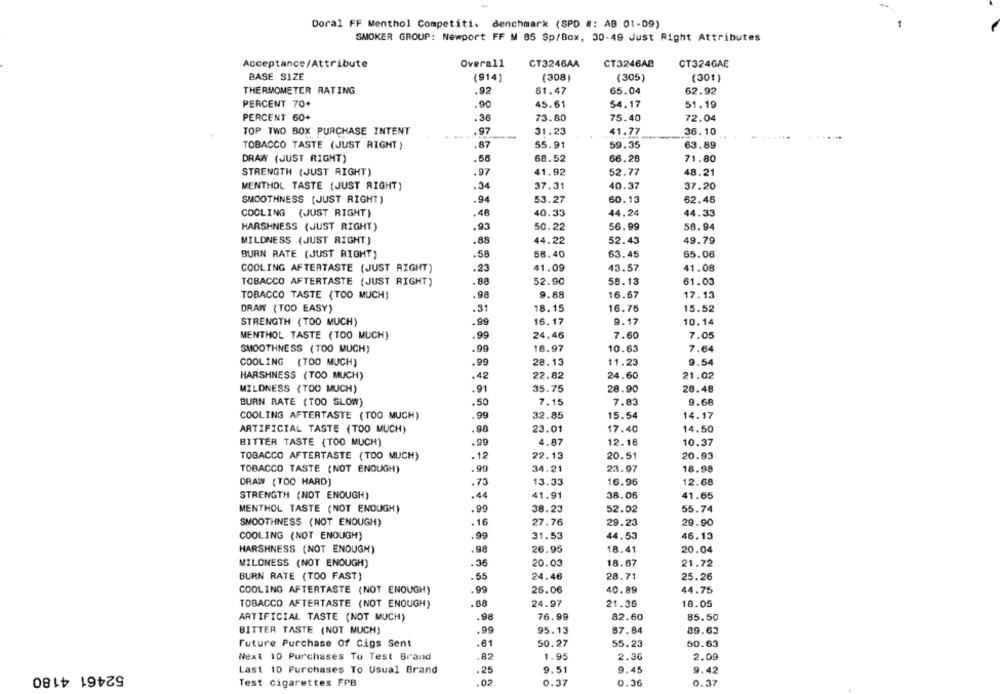
Doral FF Menthol Competiti. Benchmark (SPD #: AB 01-09)
SMOKER GROUP: Newport FF M 85 Sp/Box, 30-49 Just Right Attributes
Acceptance/Attribute
Overall
CT324GAA
CT3246AB
CT324GAE
BASE SIZE
(308)
(305)
(914)
(301)
THERMOMETER RATING
61.47
65.04
62.92
.92
PERCENT 70+
45.61
54.17
51.19
.90
PERCENT 60+
.36
73.80
75.40
72.04
TOP TWO BOX PURCHASE INTENT
.97
31.23
41.77
36.10
TOBACCO TASTE (JUST RIGHT )
.87
55.91
59.35
63.89
DRAW (JUST RIGHT)
68.52
66.28
71.80
STRENGTH (JUST RIGHT)
.97
41.92
52.77
48.21
MENTHOL TASTE (JUST RIGHT)
.34
37.31
40.37
37.20
SMOOTHNESS (JUST RIGHT)
.94
53.27
60.13
62.46
COOLING (JUST RIGHT)
.48
40.33
44.24
44.33
HARSHNESS (JUST RIGHT)
.93
50.22
56.99
58.94
MILDNESS (JUST RIGHT)
.88
44.22
52.43
49.79
BURN RATE (JUST RIGHT)
.58
58.40
63.45
65.06
COOLING AFTERTASTE (JUST RIGHT)
.23
41.09
43.57
41.08
TOBACCO AFTERTASTE (JUST RIGHT)
.80
52.90
58.13
61.03
TOBACCO TASTE (TOO MUCH)
.98
9.88
16.67
17.13
DRAW (TOO EASY)
.31
18.15
16.76
15.52
STRENGTH (TOO MUCH)
.99
16.17
9.17
10.14
MENTHOL TASTE (TOO MUCH)
.99
24.46
7.60
7.05
.99
SMOOTHNESS (TOO MUCH)
18.97
10.63
7.64
28.13
11.23
COOLING (TOO MUCH)
.99
9.54
.42
22.82
24.60
21.02
HARSHNESS (TOO MUCH)
MILDNESS (TOO MUCH)
.91
35.75
28.90
20.48
BURN RATE (TOO SLOW)
.50
7.15
7.83
9.68
COOLING AFTERTASTE (TOO MUCH)
.99
32.85
15.54
14.17
ARTIFICIAL TASTE (TOO MUCH)
.90
23.01
17.40
14.50
BITTER TASTE (TOO MUCH)
.99
4.87
12.18
10.37
TOBACCO AFTERTASTE (TOO MUCH)
.12
22.13
20.51
20.93
TOBACCO TASTE (NOT ENOUGH)
.99
34.21
23.97
18.98
DRAW (TOO HARD)
.73
13.33
16.96
12.68
STRENGTH (NOT ENOUGH)
.44
41.91
38.06
41.65
MENTHOL TASTE (NOT ENOUGH)
.99
38.23
52.02
55.74
SMOOTHNESS (NOT ENOUGH)
.16
27.76
29.23
29.90
.99
31.53
44,53
COOLING (NOT ENOUGH)
46.13
26.95
HARSHNESS (NOT ENOUGH)
.98
18.41
20.04
.36
18.67
MILONESS (NOT ENOUGH)
20.03
21.72
BURN RATE (TOO FAST)
.55
24.46
28.71
25.26
.99
26.06
40.89
44.75
COOLING AFTERTASTE (NOT ENOUGH)
TOBACCO AFTERTASTE (NOT ENOUGH)
.88
24.97
21.36
18.05
ARTIFICIAL TASTE (NOT MUCH)
.98
76.99
82.60
85.50
BITTER TASTE (NOT MUCH)
.99
95.13
87.84
89.63
Future Purchase Of Cigs Sent
.61
50.27
55.23
50.63
Next 10 Purchases To Test Brand
.82
1.95
2.36
2.09
52461 4180
Last 10 Purchases To Usual Brand
.25
9.51
9.45
9.42
Test cigarettes FPB
.02
0.37
0.36
0.37